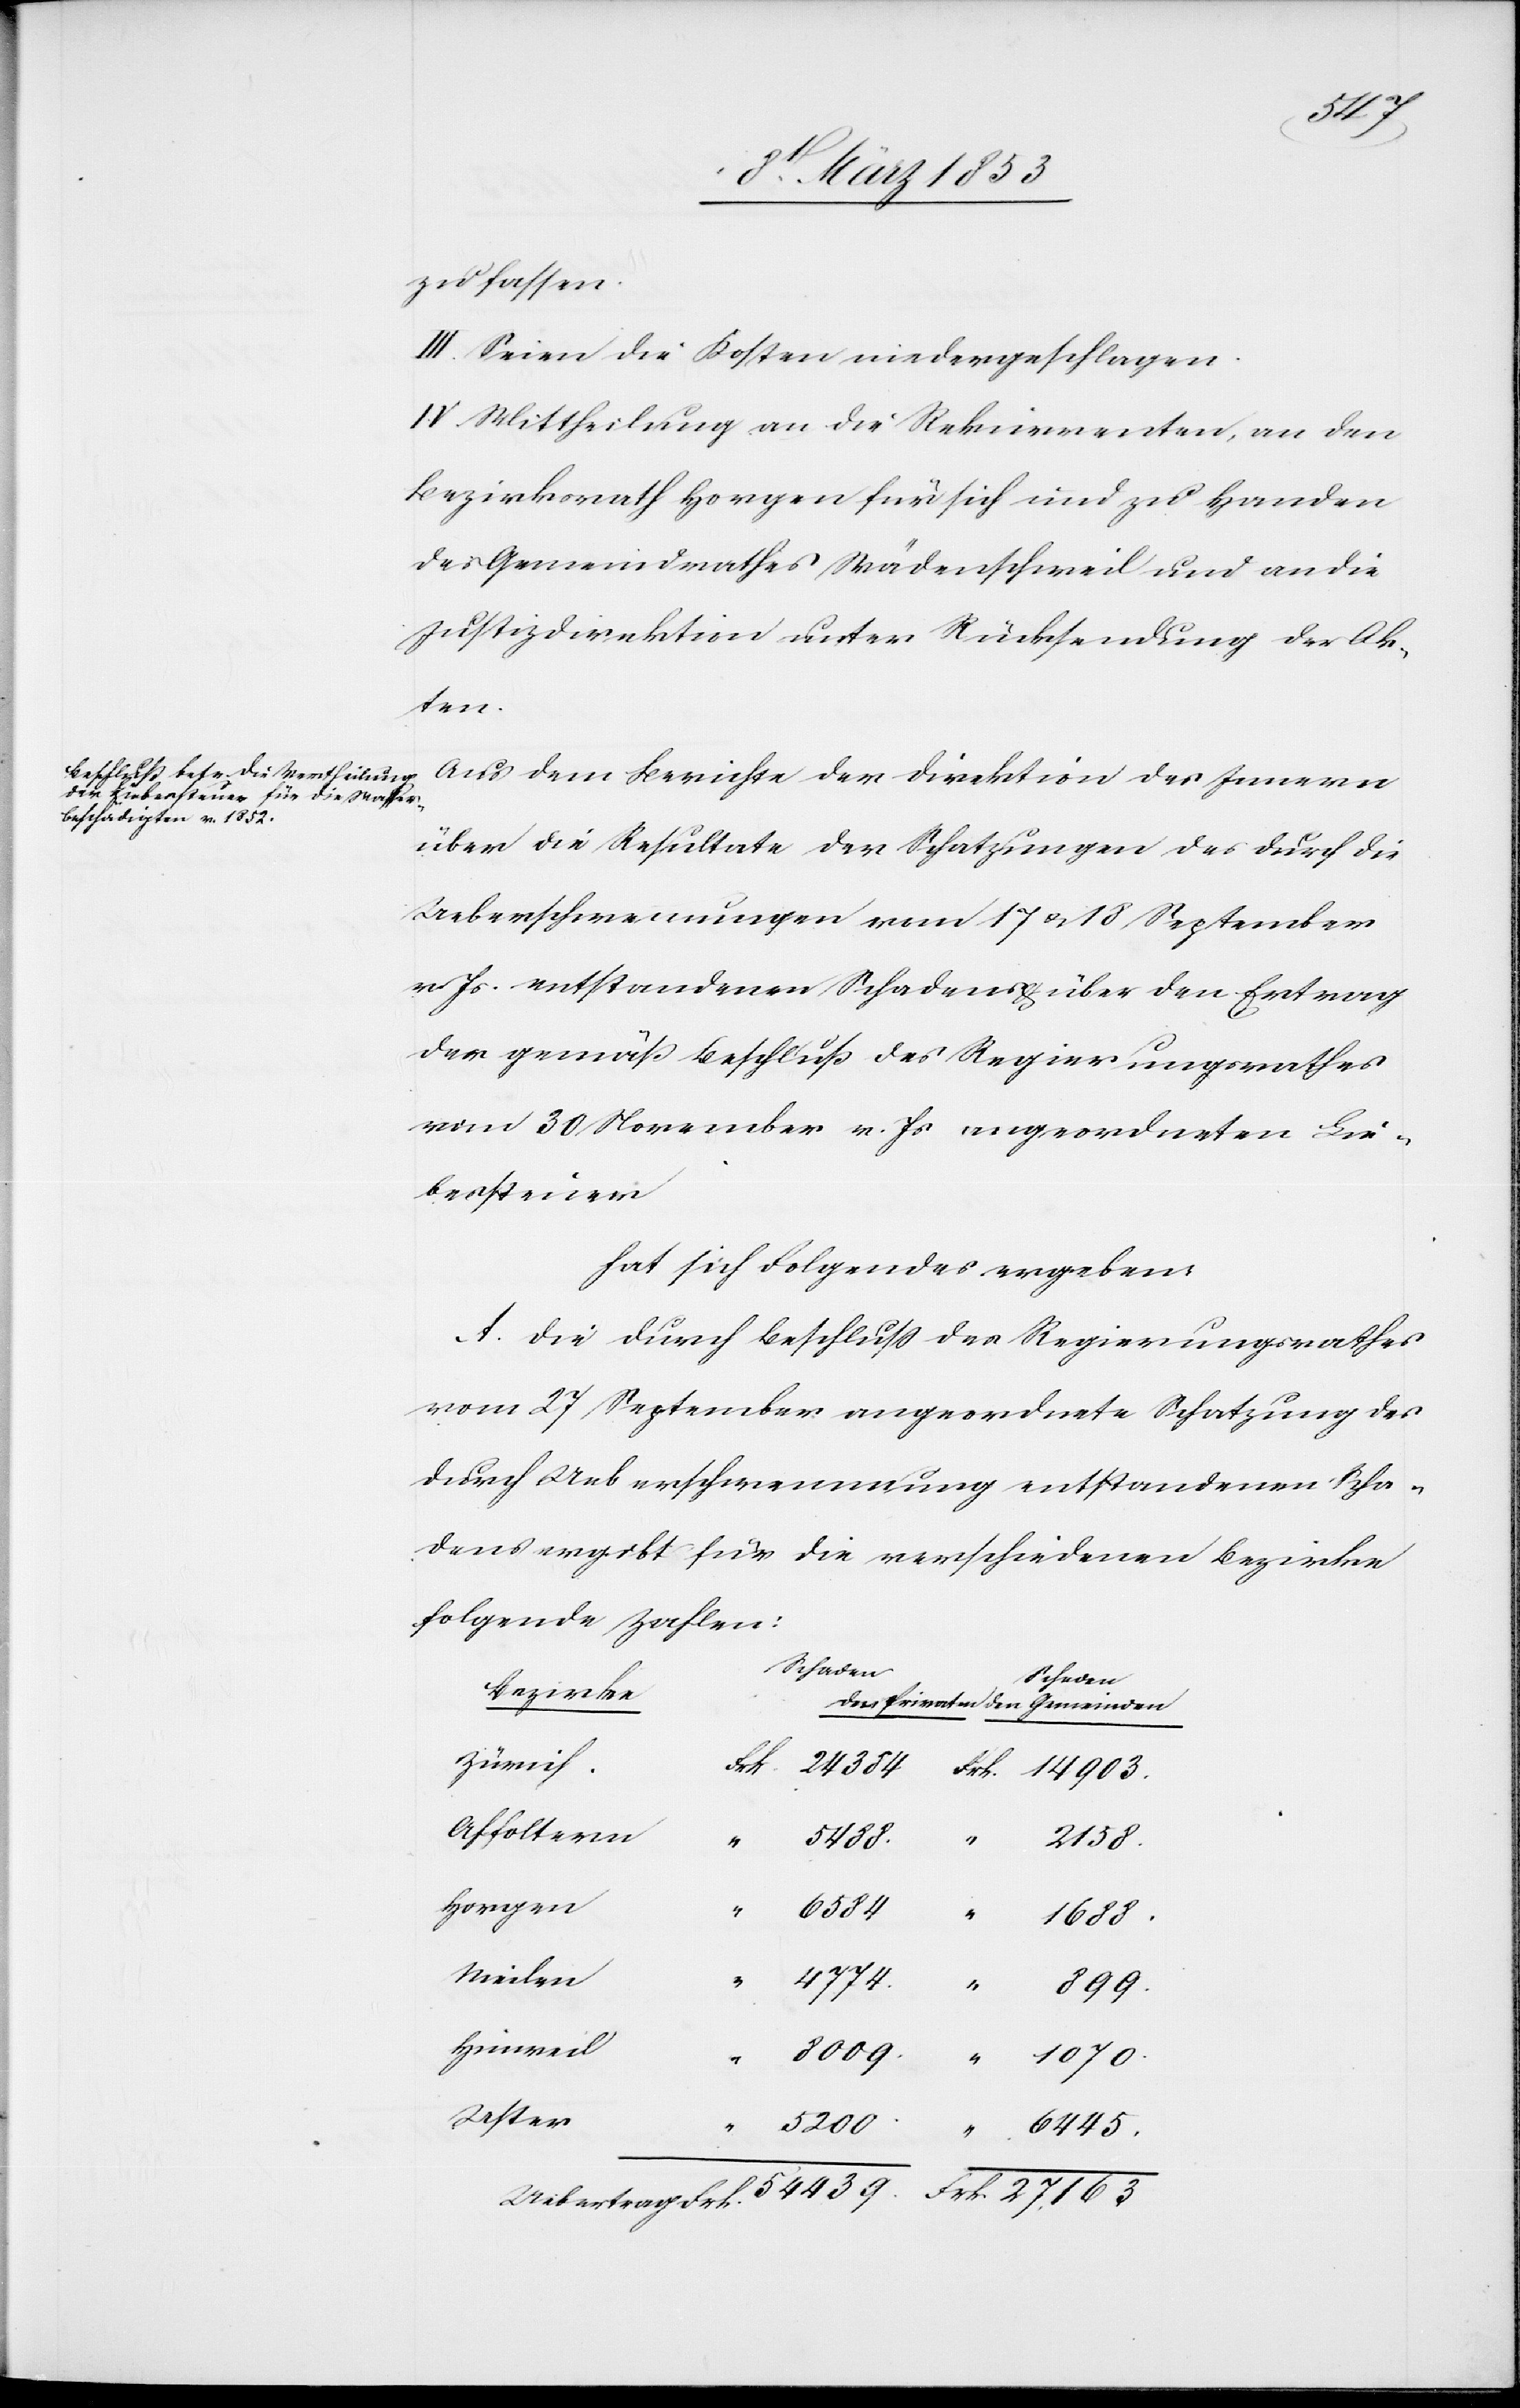
5200
zu fassen.
III. Seien die Kosten niedergeschlagen.
IV. Mittheilung an die Rekurrenten, an den
Bezirksrath Horgen für sich und zu Handen
des Gemeindrathes Wädenschweil und an die
Justizdirektion unter Rücksendung der Ak¬
ten.
Aus dem Berichte der Direktion des Innern
über die Resultate der Schatzungen des durch die
Ueberschwemmungen vom 17 u. 18 September
v. Js. entstandenen Schadens u. über den Ertrag
der gemäß Beschluß des Regierungsrathes
vom 30 November v. Js. angeordneten Lie¬
bessteuer
hat sich Folgendes ergeben:
A. Die durch Beschluß des Regierungsrathes
vom 27 September angeordnete Schatzung des
durch Ueberschwemmung entstandenen Scha¬
dens ergibt für die verschiedenen Bezirke
folgende Zahlen:
Schaden
Bezirke
Zürich
Affoltern
Horgen
Meilen
Hinweil
Uster